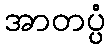
အာတပ္ပံ